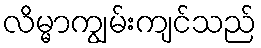
လိမ္မာကျွမ်းကျင်သည်